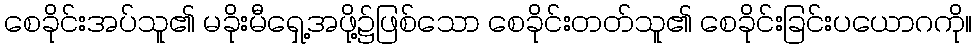
စေခိုင်းအပ်သူ၏ မခိုးမီရှေ့အဖို့၌ဖြစ်သော စေခိုင်းတတ်သူ၏ စေခိုင်းခြင်းပယောဂကို။